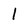
Character: 1